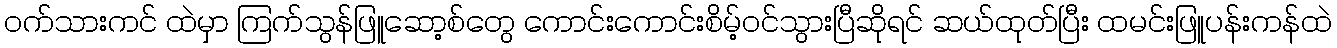
ဝက်သားကင် ထဲမှာ ကြက်သွန်ဖြူဆော့စ်တွေ ကောင်းကောင်းစိမ့်ဝင်သွားပြီဆိုရင် ဆယ်ထုတ်ပြီး ထမင်းဖြူပန်းကန်ထဲ